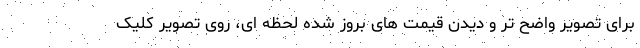
برای تصویر واضح تر و دیدن قیمت های بروز شده لحظه ای، روی تصویر کلیک